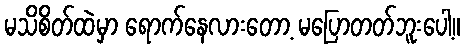
မသိစိတ်ထဲမှာ ရောက်နေလားတော့ မပြောတတ်ဘူးပေါ့။